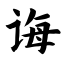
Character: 诲